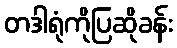
တဒါရုံကိုပြဆိုခန်း